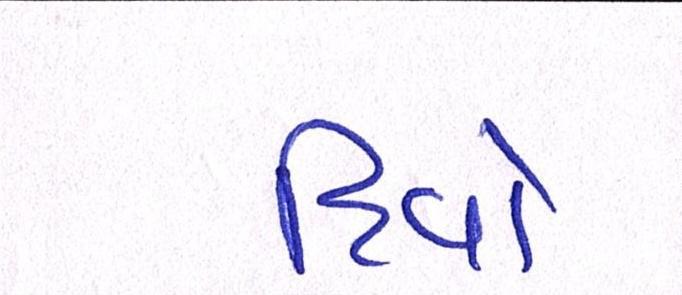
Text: દિવો